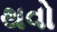
થવો